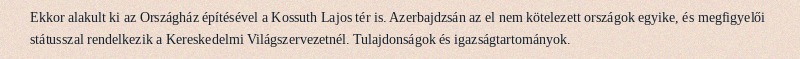
Ekkor alakult ki az Országház építésével a Kossuth Lajos tér is. Azerbajdzsán az el nem kötelezett országok egyike, és megfigyelői státusszal rendelkezik a Kereskedelmi Világszervezetnél. Tulajdonságok és igazságtartományok.